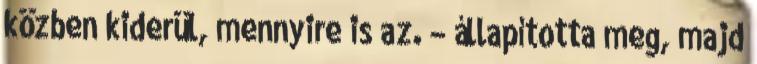
közben kiderül, mennyire is az. – állapította meg, majd